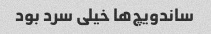
ساندویچ‌ها خیلی سرد بود